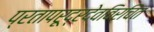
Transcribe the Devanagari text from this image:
प्रतापरूद्रदेवविरचित